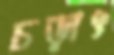
চড়াৎ